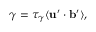
\gamma = \tau _ { \gamma } \langle { { \bf { u } } ^ { \prime } \cdot { \bf { b } } ^ { \prime } } \rangle ,